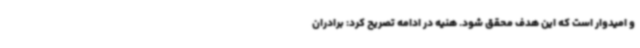
و امیدوار است که این هدف محقق شود. هنیه در ادامه تصریح کرد: برادران